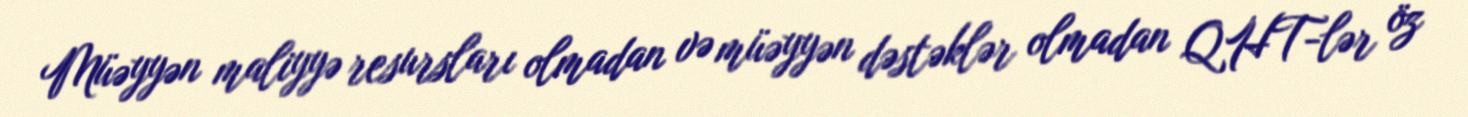
Müəyyən maliyyə resursları olmadan və müəyyən dəstəklər olmadan QHT-lər öz